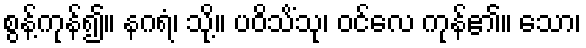
စွန့်ကုန်၍။ နဂရံ၊ သို့။ ပဝိသိံသု၊ ဝင်လေ ကုန်၏။ သော၊